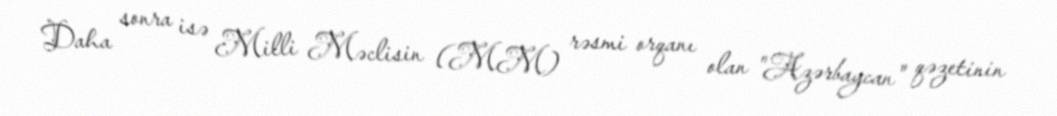
Daha sonra isə Milli Məclisin (MM) rəsmi orqanı olan "Azərbaycan" qəzetinin